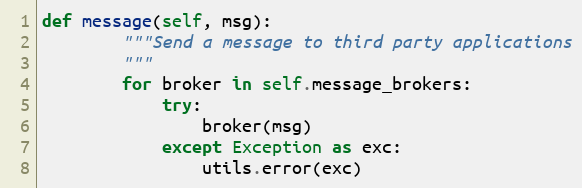
Language: Python
def message(self, msg):
        """Send a message to third party applications
        """
        for broker in self.message_brokers:
            try:
                broker(msg)
            except Exception as exc:
                utils.error(exc)